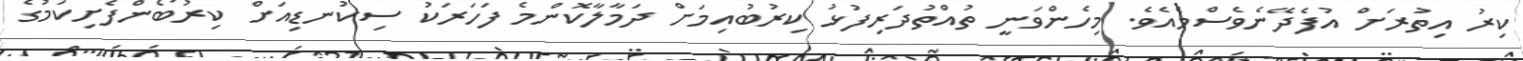
ކިރު އިތުރަށް އުފެދޭނެވެސްމެއެވެ. މިހެންވަނީ ތުއްތުދަރިފުޅު ކިރުބުއިމަށް ދަމާލާކޮންމެ ފަހަރަކު ސިކުނޑިއަށް ކިރުބޯންފެށިކަމުގެ